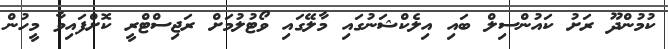
ކުމުންދޫ ރަށު ކައުންސިލް ބައި އިލެކްޝަނުގައި މާލޭގައި ވޯޓުލުމަށް ރަޖިސްޓްރީ ކޮށްފައިވާ މީހުން